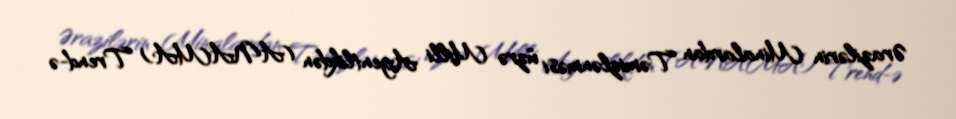
Ərazilərin Minalardan Təmizlənməsi üzrə Milli Agentlikdən (ANAMA) Trend-ə